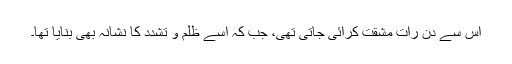
اس سے دن رات مشقت کرائی جاتی تھی، جب کہ اسے ظلم و تشدد کا نشانہ بھی بنایا تھا۔